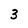
Character: 3